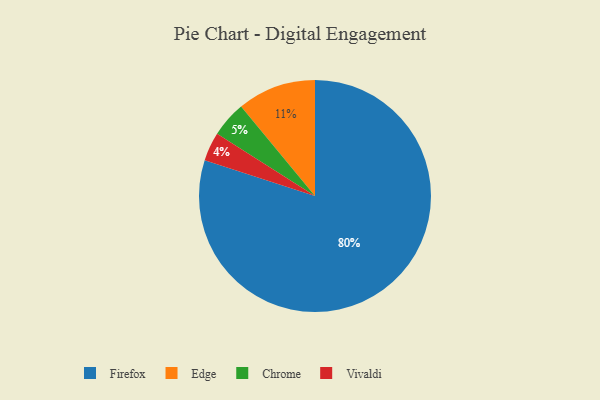
{"axis": {"x": "Category", "y": "Percentage"}, "legend": ["Chrome", "Edge", "Firefox", "Vivaldi"], "data": [{"x": "Vivaldi", "y": 4, "type": "Vivaldi"}, {"x": "Chrome", "y": 5, "type": "Chrome"}, {"x": "Edge", "y": 11, "type": "Edge"}, {"x": "Firefox", "y": 80, "type": "Firefox"}]}